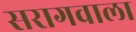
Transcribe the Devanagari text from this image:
सरागवाला